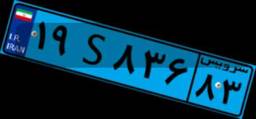
۹۴S۸۵۵۹۳